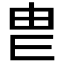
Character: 𤰣